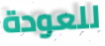
للعودة